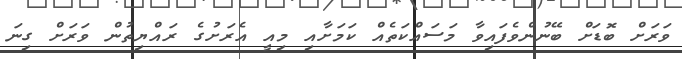
ވަރަށް ބޮޑަށް ބޭނުންވެފައިވާ މަސައްކަތެއް ކަމަށާއި މިއީ އެރަށުގެ ރައްޔިތުން ވަރަށް ގިނަ